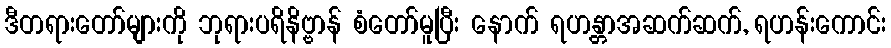
ဒီတရားတော်များကို ဘုရားပရိနိဗ္ဗာန် စံတော်မူပြီး နောက် ရဟန္တာအဆက်ဆက်, ရဟန်းကောင်း